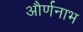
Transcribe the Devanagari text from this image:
और्णनाभ